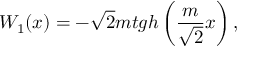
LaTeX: W _ { 1 } ( x ) = - \sqrt { 2 } m t g h \left( \frac { m } { \sqrt { 2 } } x \right) ,